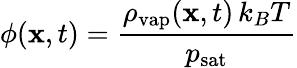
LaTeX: \phi(\mathbf x,t)=\frac{\rho_{\mathrm{vap}}(\mathbf x,t)\, k_{B}T}{p_{\mathrm{sat}}}